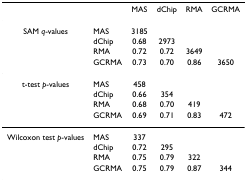
<table><thead><tr><td></td><td></td><td><b>MAS</b></td><td><b>dChip</b></td><td><b>RMA</b></td><td><b>GCRMA</b></td></tr></thead><tbody><tr><td>SAM <i>q</i>-values</td><td>MAS</td><td>3185</td><td></td><td></td><td></td></tr><tr><td></td><td>dChip</td><td>0.68</td><td>2973</td><td></td><td></td></tr><tr><td></td><td>RMA</td><td>0.72</td><td>0.72</td><td>3649</td><td></td></tr><tr><td></td><td>GCRMA</td><td>0.73</td><td>0.70</td><td>0.86</td><td>3650</td></tr><tr><td>t-test <i>p</i>-values</td><td>MAS</td><td>458</td><td></td><td></td><td></td></tr><tr><td></td><td>dChip</td><td>0.66</td><td>354</td><td></td><td></td></tr><tr><td></td><td>RMA</td><td>0.68</td><td>0.70</td><td>419</td><td></td></tr><tr><td></td><td>GCRMA</td><td>0.69</td><td>0.71</td><td>0.83</td><td>472</td></tr><tr><td>Wilcoxon test <i>p</i>-values</td><td>MAS</td><td>337</td><td></td><td></td><td></td></tr><tr><td></td><td>dChip</td><td>0.72</td><td>295</td><td></td><td></td></tr><tr><td></td><td>RMA</td><td>0.75</td><td>0.79</td><td>322</td><td></td></tr><tr><td></td><td>GCRMA</td><td>0.75</td><td>0.79</td><td>0.87</td><td>344</td></tr></tbody></table>